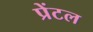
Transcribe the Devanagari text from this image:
प्रेंटल